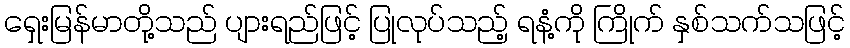
ရှေးမြန်မာတို့သည် ပျားရည်ဖြင့် ပြုလုပ်သည့် ရနံ့ကို ကြိုက် နှစ်သက်သဖြင့်